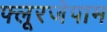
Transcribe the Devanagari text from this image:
फ्लूरजेपाम